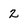
Character: 2